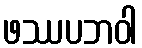
ဖဿပဘဝါ